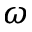
\omega